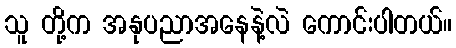
သူ တို့က အနုပညာအနေနဲ့လဲ ကောင်းပါတယ်။